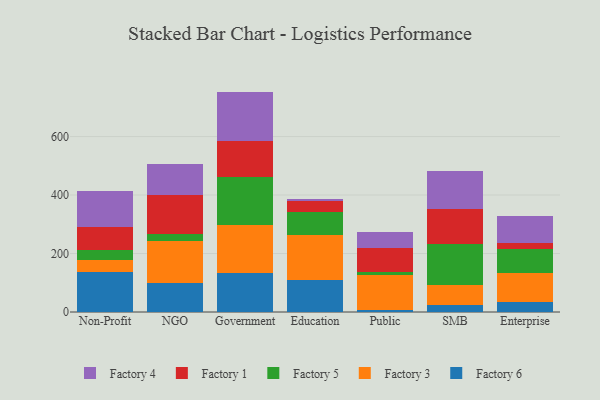
{"axis": {"x": "Segment", "y": "Inventory Turnover"}, "legend": ["Factory 1", "Factory 3", "Factory 4", "Factory 5", "Factory 6"], "data": [{"x": "Non-Profit", "y": 138.2, "type": "Factory 6"}, {"x": "Non-Profit", "y": 39.0, "type": "Factory 3"}, {"x": "Non-Profit", "y": 35.6, "type": "Factory 5"}, {"x": "Non-Profit", "y": 76.3, "type": "Factory 1"}, {"x": "Non-Profit", "y": 125.1, "type": "Factory 4"}, {"x": "NGO", "y": 98.6, "type": "Factory 6"}, {"x": "NGO", "y": 144.7, "type": "Factory 3"}, {"x": "NGO", "y": 22.5, "type": "Factory 5"}, {"x": "NGO", "y": 135.0, "type": "Factory 1"}, {"x": "NGO", "y": 106.0, "type": "Factory 4"}, {"x": "Government", "y": 133.1, "type": "Factory 6"}, {"x": "Government", "y": 163.8, "type": "Factory 3"}, {"x": "Government", "y": 163.3, "type": "Factory 5"}, {"x": "Government", "y": 126.0, "type": "Factory 1"}, {"x": "Government", "y": 167.5, "type": "Factory 4"}, {"x": "Education", "y": 110.2, "type": "Factory 6"}, {"x": "Education", "y": 152.7, "type": "Factory 3"}, {"x": "Education", "y": 77.8, "type": "Factory 5"}, {"x": "Education", "y": 40.3, "type": "Factory 1"}, {"x": "Education", "y": 6.3, "type": "Factory 4"}, {"x": "Public", "y": 5.6, "type": "Factory 6"}, {"x": "Public", "y": 121.0, "type": "Factory 3"}, {"x": "Public", "y": 10.6, "type": "Factory 5"}, {"x": "Public", "y": 82.8, "type": "Factory 1"}, {"x": "Public", "y": 53.9, "type": "Factory 4"}, {"x": "SMB", "y": 24.5, "type": "Factory 6"}, {"x": "SMB", "y": 68.2, "type": "Factory 3"}, {"x": "SMB", "y": 141.2, "type": "Factory 5"}, {"x": "SMB", "y": 117.2, "type": "Factory 1"}, {"x": "SMB", "y": 131.9, "type": "Factory 4"}, {"x": "Enterprise", "y": 35.3, "type": "Factory 6"}, {"x": "Enterprise", "y": 97.0, "type": "Factory 3"}, {"x": "Enterprise", "y": 84.6, "type": "Factory 5"}, {"x": "Enterprise", "y": 20.0, "type": "Factory 1"}, {"x": "Enterprise", "y": 92.1, "type": "Factory 4"}]}